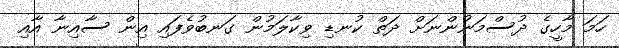
ހަމަ މާހީގެ ދުސްމަނުންނަށް ދަތް ކުނޑި ވިކާލަމުން ގަނބުވެފައި އިން ސާއިނާ އާއި